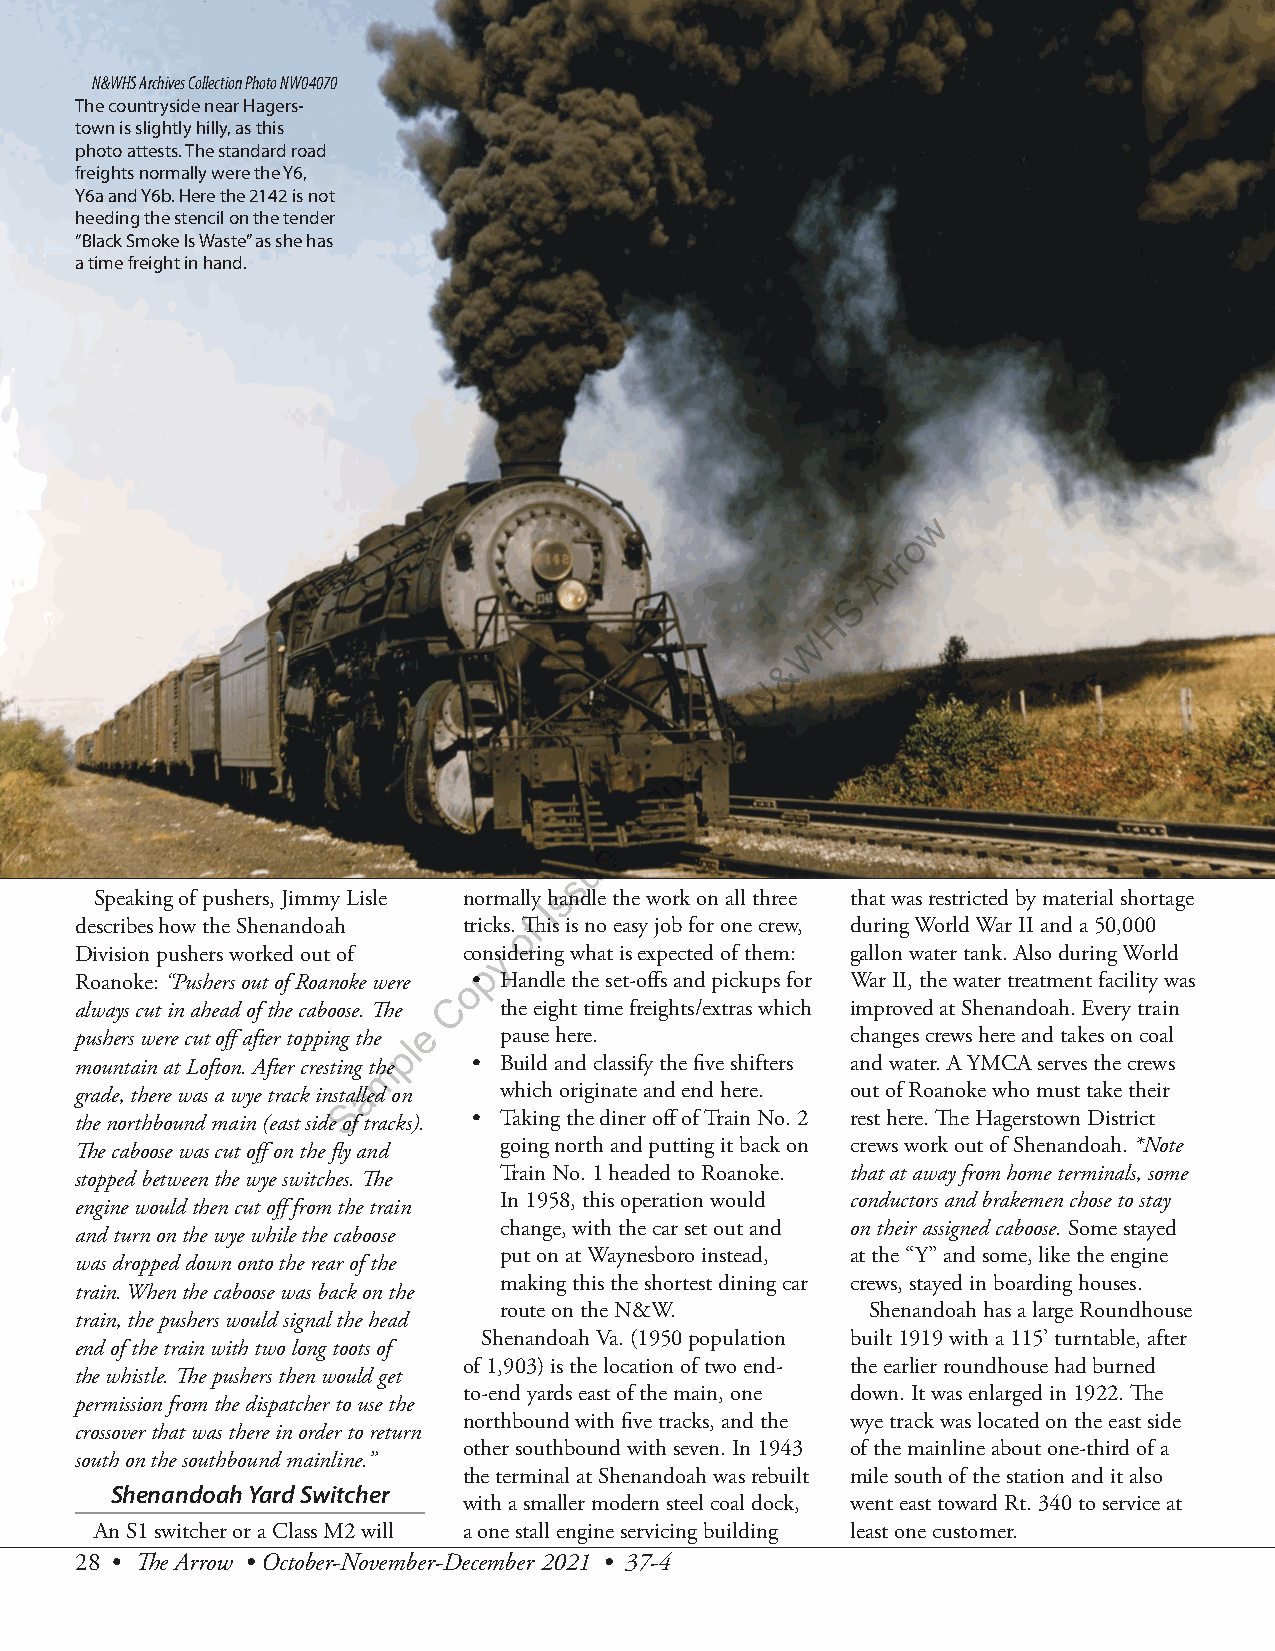
N&WHS Archives Collection Photo NW04070
 The countryside near Hagers-
 town is slightly hilly, as this
 photo attests. The standard road
 freights normally were the Y6,
 Y6a and Y6b. Here the 2142 is not
 heeding the stencil on the tender
 “Black Smoke Is Waste” as she has
 a time freight in hand.
 w
 o
 r
 r
 A
 S
 H
 W
 &
 N
 f
 o
 1
 2
 0
 2
 ,
 4
 e
 u
 s
 Speaking of pushers, Jimmy Lisle normally hsandle the work on all three that was restricted by material shortage
 I
 describes how the Shenandoah tricks.o Thfis is no easy job for one crew, during World War II and a 50,000
 Division pushers worked out of conysidering what is expected of them: gallon water tank. Also during World
 p
 Roanoke: “Pushers out of Roanoke were o• Handle the set-offs and pickups for War II, the water treatment facility was
 C
 always cut in ahead of the caboose. The the eight time freights/extras which improved at Shenandoah. Every train
 e
 pushers were cut off after topping the l pause here. changes crews here and takes on coal
 p
 mountain at Lofton. After cresting thme • Build and classify the five shifters and water. A YMCA serves the crews
 grade, there was a wye track instalaled on which originate and end here. out of Roanoke who must take their
 S
 the northbound main (east side of tracks). • Taking the diner off of Train No. 2 rest here. The Hagerstown District
 The caboose was cut off on the fly and going north and putting it back on crews work out of Shenandoah. *Note
 stopped between the wye switches. The Train No. 1 headed to Roanoke. that at away from home terminals, some
 In 1958, this operation would conductors and brakemen chose to stay
 engine would then cut off from the train
 change, with the car set out and on their assigned caboose. Some stayed
 and turn on the wye while the caboose
 put on at Waynesboro instead, at the “Y” and some, like the engine
 was dropped down onto the rear of the
 making this the shortest dining car crews, stayed in boarding houses.
 train. When the caboose was back on the
 route on the N&W.        Shenandoah has a large Roundhouse
 train, the pushers would signal the head
 Shenandoah Va. (1950 population built 1919 with a 115’ turntable, after
 end of the train with two long toots of
 of 1,903) is the location of two end- the earlier roundhouse had burned
 the whistle. The pushers then would get
 to-end yards east of the main, one down. It was enlarged in 1922. The
 permission from the dispatcher to use the
 northbound with five tracks, and the wye track was located on the east side
 crossover that was there in order to return
 other southbound with seven. In 1943 of the mainline about one-third of a
 south on the southbound mainline.”
 the terminal at Shenandoah was rebuilt mile south of the station and it also
 Shenandoah Yard Switcher
 with a smaller modern steel coal dock, went east toward Rt. 340 to service at
 An S1 switcher or a Class M2 will a one stall engine servicing building least one customer.
 28 • The Arrow • October-November-December 2021 • 37-4